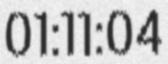
01:11:04